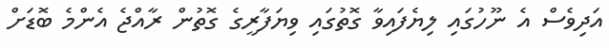
އަދިވެސް އެ ނޫހުގައި ލިޔެފައިވާ ގޮތުގައި ވިޔަފާރީގެ ގޮތުން ރާއްޖެ އެންމެ ބޮޑަށް